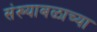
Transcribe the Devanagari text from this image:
संख्याबळाच्या